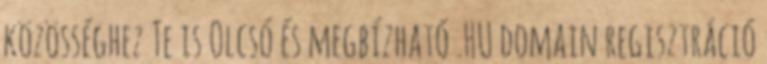
közösséghez Te is Olcsó és megbízható .HU domain regisztráció